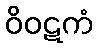
ဝိဝဋကံ